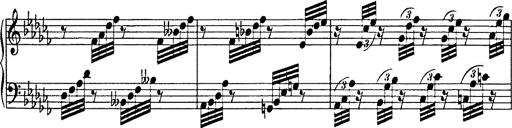
Title: 8 Variations
Composer: Franz Liszt
Key: A-flat major